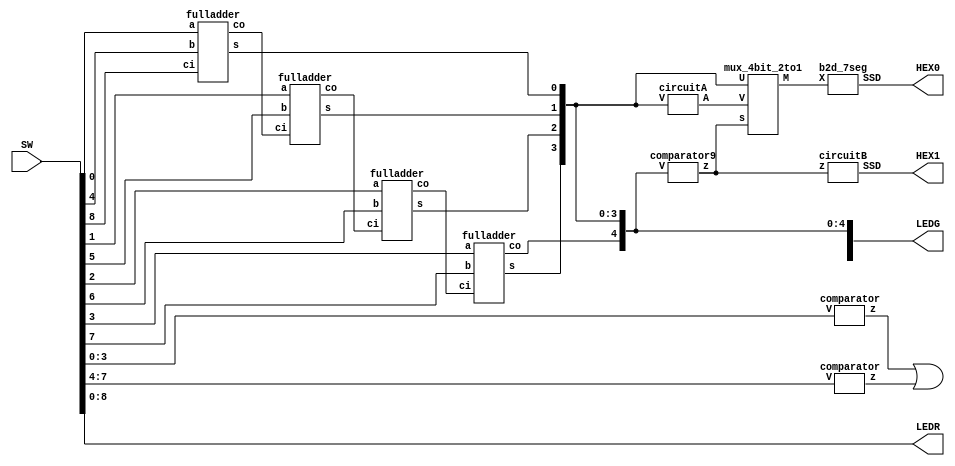
module part3 (SW, LEDG, LEDR, HEX1, HEX0);
  input [17:0] SW;
  output [8:0] LEDR, LEDG;
  output [0:6] HEX1, HEX0;

  assign LEDR[8:0] = SW[8:0];

  wire e1, e2;

  comparator C0 (SW[3:0], e1);
  comparator C1 (SW[7:4], e2);

  assign LEDG[8] = e1 | e2;

  wire c1, c2, c3;
  wire [4:0] S;

  fulladder A0 (SW[0], SW[4], SW[8], S[0], c1);
  fulladder A1 (SW[1], SW[5], c1, S[1], c2);
  fulladder A2 (SW[2], SW[6], c2, S[2], c3);
  fulladder A3 (SW[3], SW[7], c3, S[3], S[4]);

  assign LEDG[4:0] = S[4:0];

  wire z;
  wire [3:0] A, M;

  comparator9 C2 (S[4:0], z);
  circuitA AA (S[3:0], A);
  mux_4bit_2to1 M0 (z, S[3:0], A, M);
  circuitB BB (z, HEX1);
  b2d_7seg S0 (M, HEX0);


endmodule

module fulladder (a, b, ci, s, co);
  input a, b, ci;
  output co, s;

  wire d;

  assign d = a ^ b;
  assign s = d ^ ci;
  assign co = (b & ~d) | (d & ci);
endmodule





module b2d_7seg (X, SSD);
  input [3:0] X;
  output [0:6] SSD;

  assign SSD[0] = ((~X[3] & ~X[2] & ~X[1] &  X[0]) | (~X[3] &  X[2] & ~X[1] & ~X[0]));
  assign SSD[1] = ((~X[3] &  X[2] & ~X[1] &  X[0]) | (~X[3] &  X[2] &  X[1] & ~X[0]));
  assign SSD[2] =  (~X[3] & ~X[2] &  X[1] & ~X[0]);
  assign SSD[3] = ((~X[3] & ~X[2] & ~X[1] &  X[0]) | (~X[3] &  X[2] & ~X[1] & ~X[0]) | (~X[3] &  X[2] & X[1] & X[0]) | (X[3] & ~X[2] & ~X[1] & X[0]));
  assign SSD[4] = ~((~X[2] & ~X[0]) | (X[1] & ~X[0]));
  assign SSD[5] = ((~X[3] & ~X[2] & ~X[1] &  X[0]) | (~X[3] & ~X[2] &  X[1] & ~X[0]) | (~X[3] & ~X[2] & X[1] & X[0]) | (~X[3] & X[2] & X[1] & X[0]));
  assign SSD[6] = ((~X[3] & ~X[2] & ~X[1] &  X[0]) | (~X[3] & ~X[2] & ~X[1] & ~X[0]) | (~X[3] &  X[2] & X[1] & X[0]));
endmodule

module comparator (V, z);
  input [3:0] V;
  output z;

  assign z = (V[3] & (V[2] | V[1]));
endmodule

module comparator9 (V, z);
  input [4:0] V;
  output z;

  assign z = V[4] | ((V[3] & V[2]) | (V[3] & V[1]));
endmodule

module circuitA (V, A);
  input [3:0] V;
  output [3:0] A;

  assign A[0] = V[0];
  assign A[1] = ~V[1];
  assign A[2] = (~V[3] & ~V[1]) | (V[2] & V[1]);
  assign A[3] = (~V[3] & V[1]);
endmodule

module circuitB (z, SSD);
  input z;
  output [0:6] SSD;

  assign SSD[0] = z;
  assign SSD[1:2] = 2'b00;
  assign SSD[3:5] = {3{z}};
  assign SSD[6] = 1;
endmodule

module mux_4bit_2to1 (s, U, V, M);
  // if ~s, send U
  input s;
  input [3:0] U, V;
  output [3:0] M;

  assign M = ({4{~s}} & U) | ({4{s}} & V);
endmodule